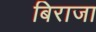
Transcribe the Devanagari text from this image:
बिराजा